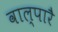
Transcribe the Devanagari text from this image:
वाल्पारै